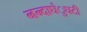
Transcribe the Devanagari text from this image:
नन्दाघंुघटी